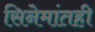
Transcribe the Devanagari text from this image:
सिनेमांतही